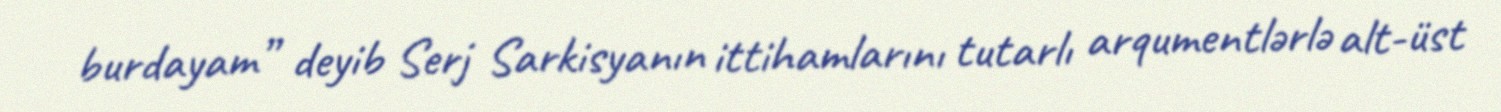
burdayam” deyib Serj Sarkisyanın ittihamlarını tutarlı arqumentlərlə alt-üst